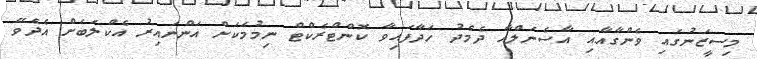
މިސީޒަނުގައި ވެންގާއާއި އާސެނަލްއާ ދެމެދު ހަދާފައިވާ ކޮންޓްރެކްޓް ނިމުމަކަށް އަންނައިރު އެކްލަބަށް އެދެވޭ